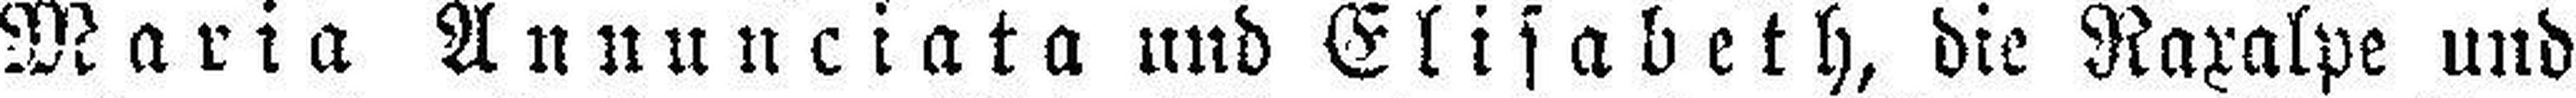
Maria Annunciata und Elisabeth, die Raxalpe und